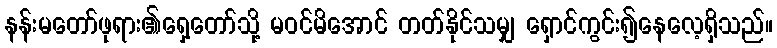
နန်းမတော်ဖုရား၏ရှေ့တော်သို့ မဝင်မိအောင် တတ်နိုင်သမျှ ရှောင်ကွင်း၍နေလေ့ရှိသည်။